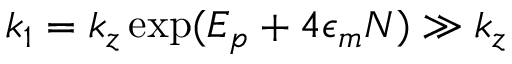
k _ { 1 } = k _ { z } \exp ( E _ { p } + 4 \epsilon _ { m } N ) \gg k _ { z }